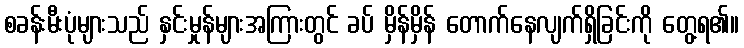
စခန်းမီးပုံများသည် နှင်းမှုန်များအကြားတွင် ခပ် မှိန်မှိန် တောက်နေလျက်ရှိခြင်းကို တွေ့ရ၏။